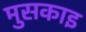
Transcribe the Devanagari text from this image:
मुसकाइ